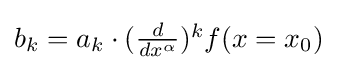
{\textstyle b_{k}=a_{k}\cdot ({d \over dx^{\alpha }})^{k}f(x=x_{0})}